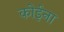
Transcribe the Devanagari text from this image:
कोईना